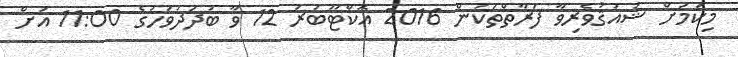
މިކަމަށް ޝައުޤުވެރިވާ ފަރާތްތަކުން 2016 އޮކްޓޫބަރު 12 ވާ ބުދަދުވަހުގެ 11:00 އަށް